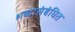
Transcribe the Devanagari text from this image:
शब्दासंबंधित